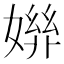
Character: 𡠒